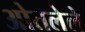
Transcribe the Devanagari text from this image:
ओतलेले